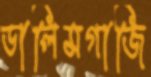
ডালিমগাজি